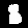
Label: 8